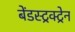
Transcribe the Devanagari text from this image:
बेंडस्ट्रक्ट्रेन